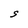
Character: S